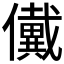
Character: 𠑀